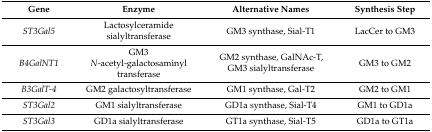
<table><thead><tr><td><b>Gene</b></td><td><b>Enzyme</b></td><td><b>Alternative Names</b></td><td><b>Synthesis Step</b></td></tr></thead><tbody><tr><td><i>ST3Gal5</i></td><td>Lactosylceramide sialyltransferase</td><td>GM3 synthase, Sial-T1</td><td>LacCer to GM3</td></tr><tr><td><i>B4GalNT1</i></td><td>GM3 <i>N</i>-acetyl-galactosaminyl transferase </td><td>GM2 synthase, GalNAc-T, GM3 sialyltransferase</td><td>GM3 to GM2</td></tr><tr><td><i>B3GalT-4</i></td><td>GM2 galactosyltransferase</td><td>GM1 synthase, Gal-T2 </td><td>GM2 to GM1</td></tr><tr><td><i>ST3Gal2</i></td><td>GM1 sialyltransferase</td><td>GD1a synthase, Sial-T4</td><td>GM1 to GD1a</td></tr><tr><td><i>ST3Gal3</i></td><td>GD1a sialyltransferase</td><td>GT1a synthase, Sial-T5</td><td>GD1a to GT1a</td></tr></tbody></table>